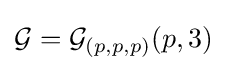
{\mathcal {G}}={\mathcal {G}}_{(p,p,p)}(p,3)